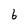
Character: 6